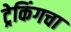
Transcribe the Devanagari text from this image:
ट्रेकिंगचा